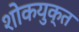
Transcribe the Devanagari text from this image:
शोकयुक्त